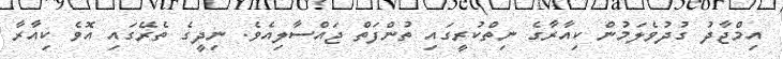
އިމްޖާދު ގުދުވެލަމުން ކިއާރާގެ ނިތްކުރީގައި ތުންފަތް ޖައްސާލިއެވެ. ނިދީގެ ތެރޭގައި އޮވެ ކިއާރާ